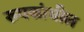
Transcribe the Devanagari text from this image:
रुपकांधील